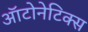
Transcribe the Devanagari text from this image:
ऑटोनेटिक्स